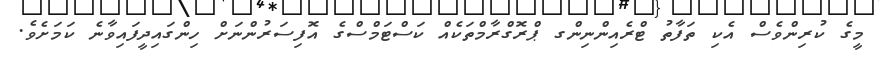
މީގެ ކުރިންވެސް އެކި ތަފާތު ޓްރެއިންނިންގ ޕްރޮގްރާމްތަކެއް ކަސްޓަމްސްގެ އޮފިސަރުންނަށް ހިންގައިދީފައިވާނެ ކަމަށެވެ.